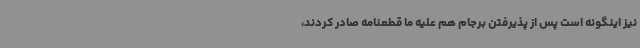
نیز اینگونه است پس از پذیرفتن برجام هم علیه ما قطعنامه صادر کردند،